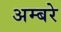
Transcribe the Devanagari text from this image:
अम्बरे